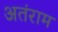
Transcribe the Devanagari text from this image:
अतंराम